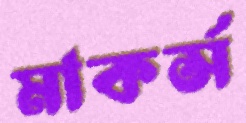
মাকর্স